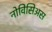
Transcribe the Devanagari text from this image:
नोविसिअस